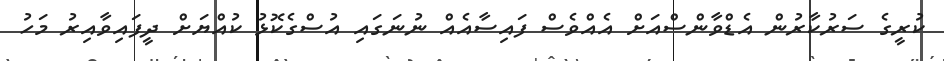
ކުރީގެ ސަރުކާރުން އެޑްވާންސްއަށް އެއްވެސް ފައިސާއެއް ނުނަގައި އުސްގެކޮޅު ކުއްޔަށް ދީފައިވާއިރު މަހު